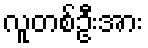
လူတစ်ဦးအား